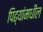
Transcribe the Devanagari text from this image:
पिढ्यांमधील